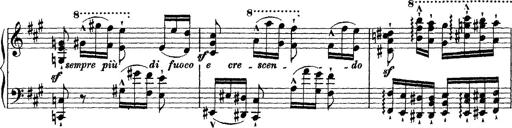
Title: Grande fantasie di bravura sur La clochette
Composer: Franz Liszt
Key: A minor